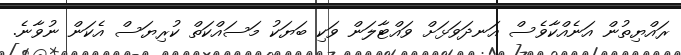
ރައްޔިތުން އަނެއްކާވެސް އަނދަވަޅަށް ވައްޓާލަން ވަކި ބަޔަކު މަސައްކަތް ކުރިޔަސް އެކަން ނުވާނެ.